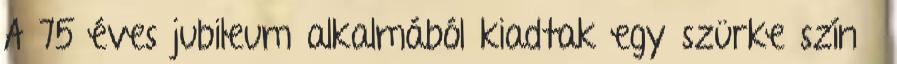
A 75 éves jubileum alkalmából kiadtak egy szürke színű